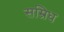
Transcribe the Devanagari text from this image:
सम्रिध